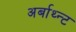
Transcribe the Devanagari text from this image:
अर्बाथ्न्ट